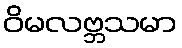
ဝိမလဗ္ဘသမာ